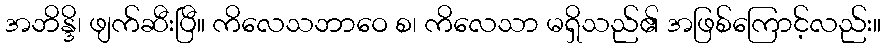
အဘိန္ဒိ၊ ဖျက်ဆီးပြီ။ ကိလေသဘာဝေ စ၊ ကိလေသာ မရှိသည်၏ အဖြစ်ကြောင့်လည်း။